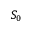
S _ { 0 }